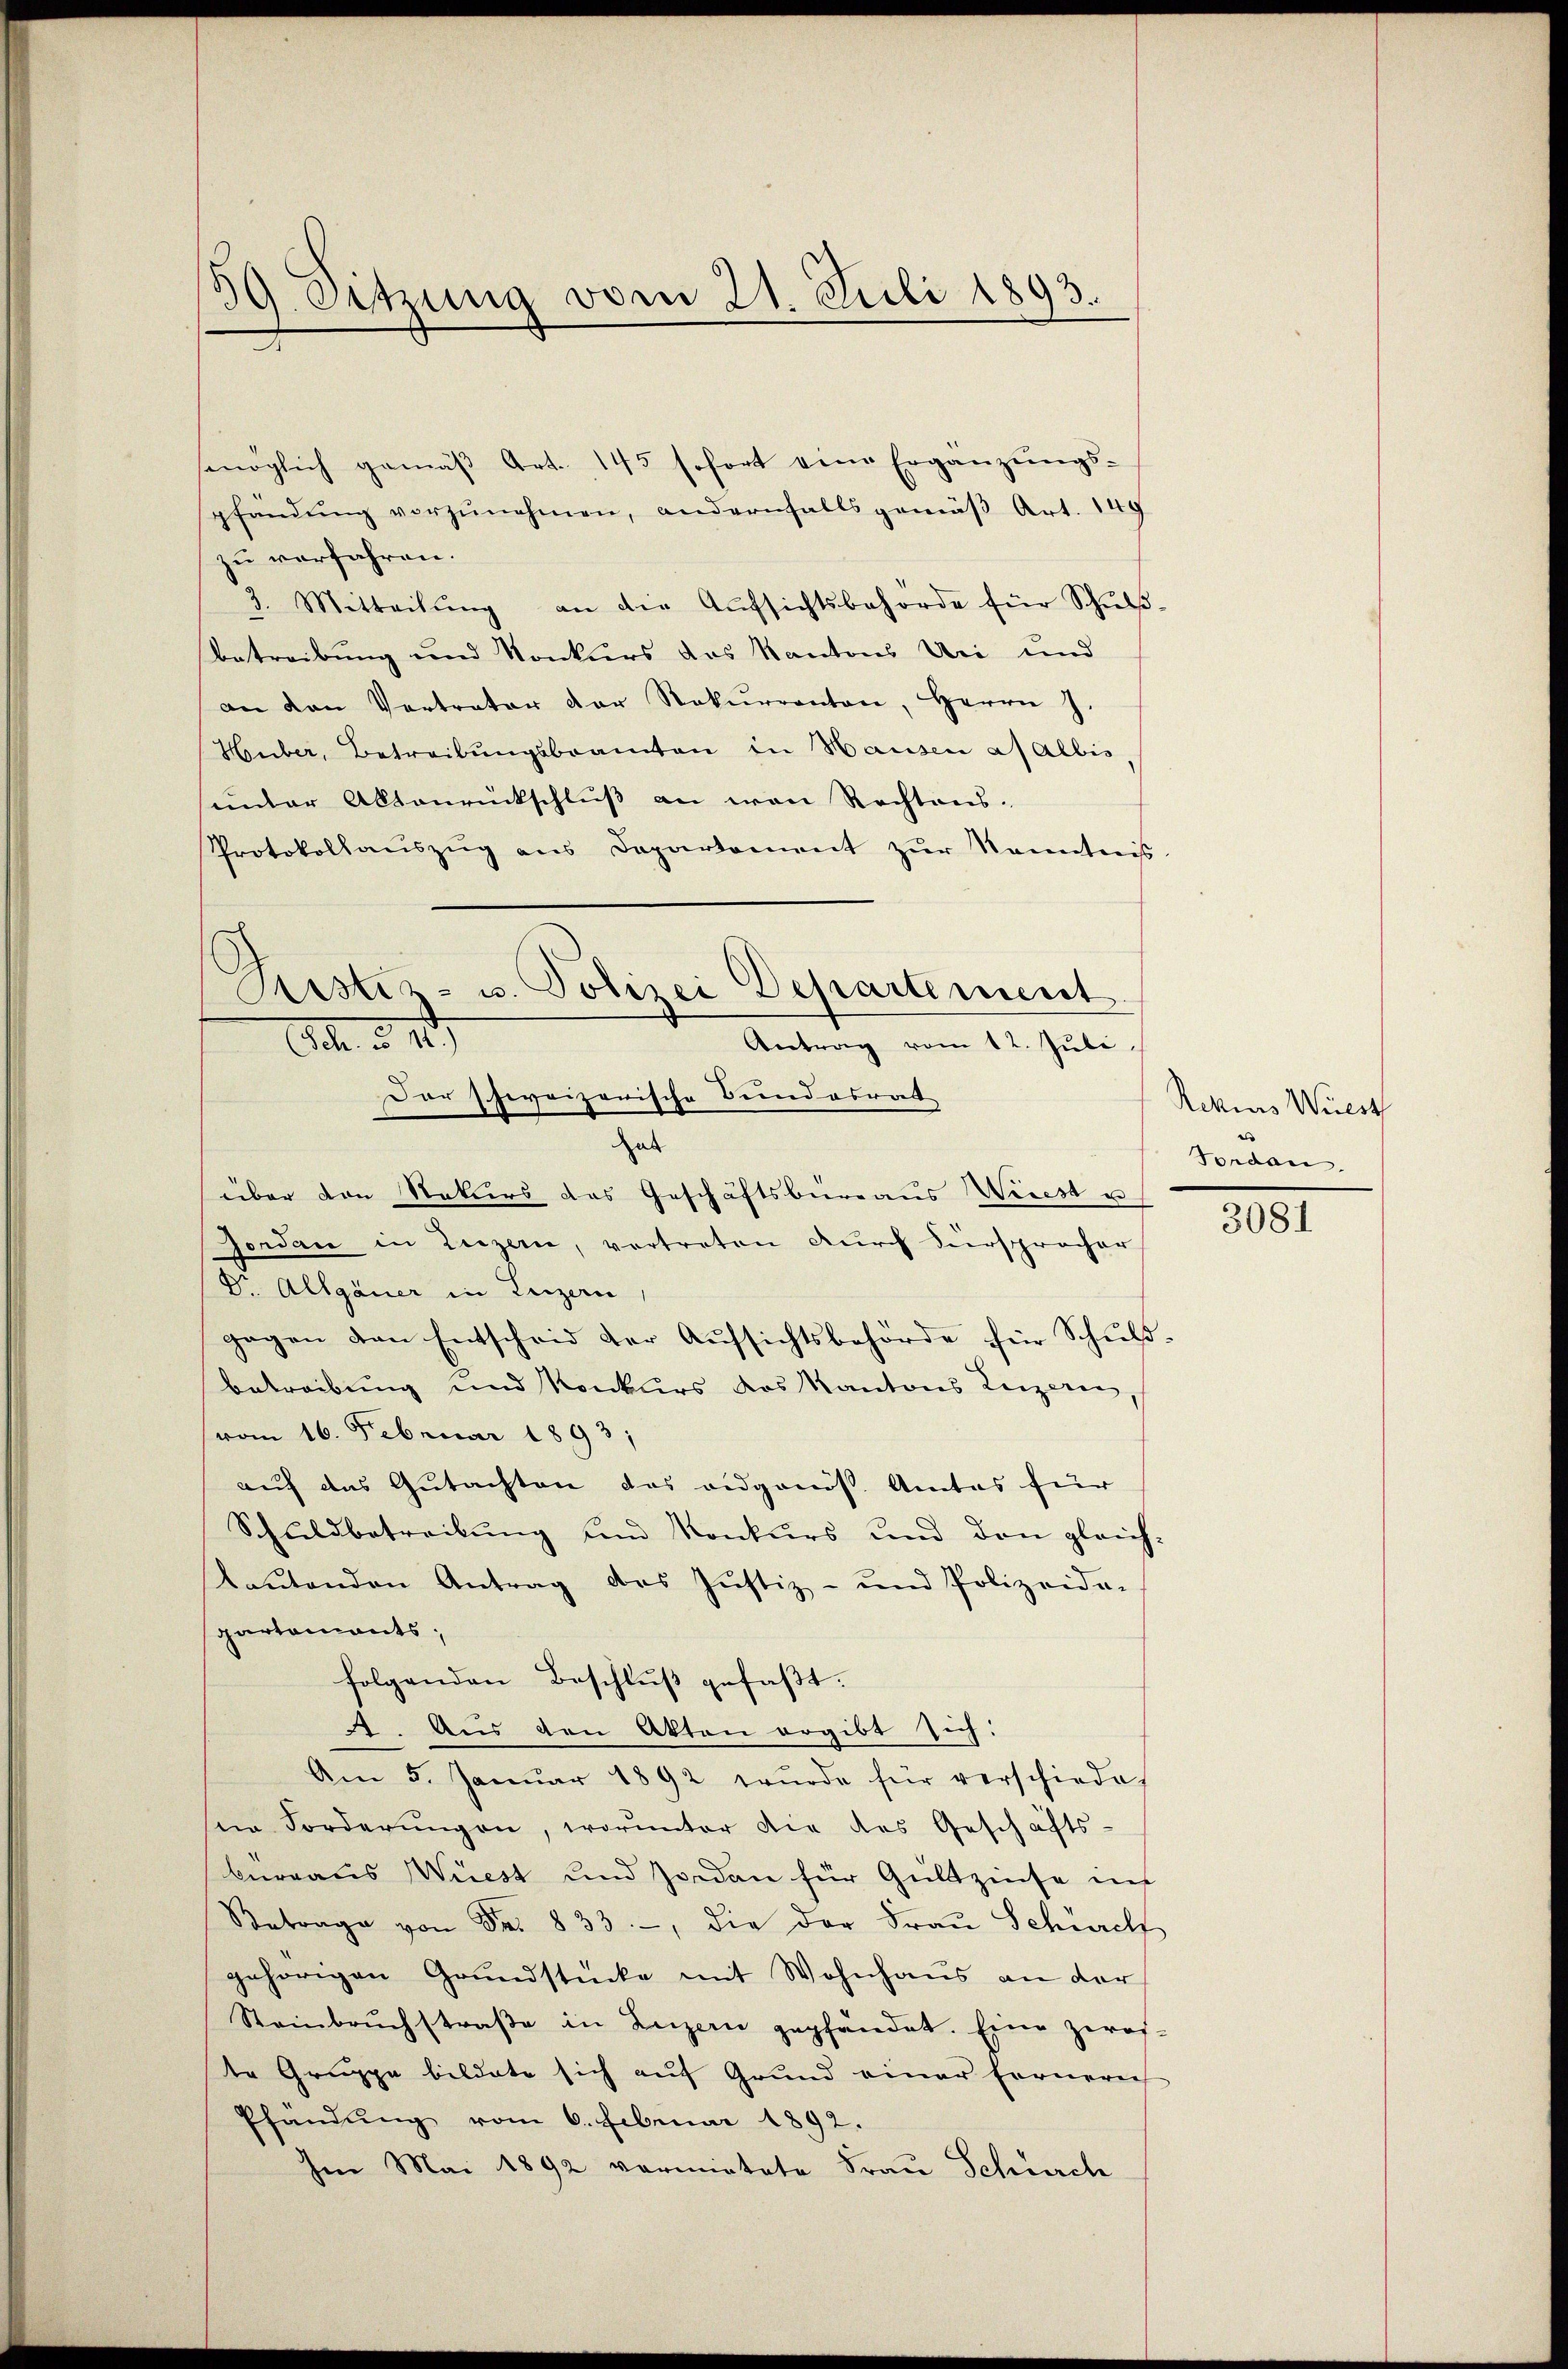
89. Sitzung vom 21. Juli 1893.

smöglich gemäß Art. 145 sofort eine Ergänzungs-
pfändŭng vorzŭnehmen, andernfalls gemäβ Art. 149
zu verfahren.
3. Mitteilŭng an die Aŭfsichtsbehörde für Schŭl-
Betreibung und Konkurs das Kantons Uri und
an den Vertreter der Rekurrenten, Herrn J.
Huber, Betreibungsbeamten in Hausen af Albis,
unter Aktenrückschluß an von Rechtens-
Protokollaŭszŭg ans Departement zŭr Kenntnis
O. § 19
Antrag vom 12. Juli
Dar schweizerische Bundesrat
hab
über den Rekurs das Geschäftsbüreaus Wiest u
Jordan in Luzern, vertreten durch Fürsprocher
Dr. Allgauer in Luzern,
gegen von Entscheid der Aŭfsichtsbehörde für Schŭl-
betreibung und Konkurs das Kantons Luzern
vom 16. Februar 1893;
auf das Gutachten das eidgenöß. Amtes für
Schuldbetreibŭng und Konkurs und den gleich-
laŭtenden Antrag des Jŭstiz- und Polizeida-
partements;
folgenden Beschluß gefaßt.
. Aus den Akten ergibt sich:
Am 5. Janŭar 1892 wŭrde für verschiede
sein Forderŭngen, worunter die des Geschäfts-
bureaus Wüest und Jordan für Gültzinse in
 von Fr. 833., die der Fraŭ Schwich
gehörigen Grŭndstücke mit Wohnhaus an der
Steinbruchstraβe in Luzern gepfandet. Eine zwos-
te Gruppe bildete sich auf Grund einer Fernerei
Pfandung vom 6. Februar 1892.
Im Mai 1892 vormietete Frau Schwerch

Sistiz- u. Polizei Departement

Rekurs Wüest
Forden.

3081